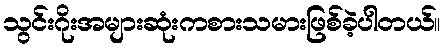
သွင်းဂိုးအများဆုံးကစားသမားဖြစ်ခဲ့ပါတယ်။